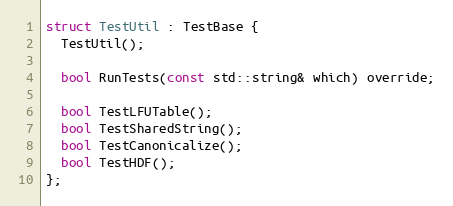
Language: C
struct TestUtil : TestBase {
  TestUtil();

  bool RunTests(const std::string& which) override;

  bool TestLFUTable();
  bool TestSharedString();
  bool TestCanonicalize();
  bool TestHDF();
};